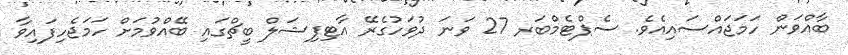
ބާއްވަން ހަމަޖައްސައިއެވެ. ސެޕްޓެމްބަރ 27 ވަނަ ދުވަހުގެރޭ އާޓިފިޝަލް ބީޗްގައި ބޭއްވުމަށް ހަމަޖެހިފައިވާ